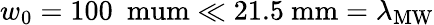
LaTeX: w_{0}=100\ \mathrm{\ mum}\ll 21.5\ \mathrm{mm}=\lambda_{\mathrm{MW}}